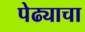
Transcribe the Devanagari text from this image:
पेढ्याचा